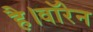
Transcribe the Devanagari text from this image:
है।वॉरेन